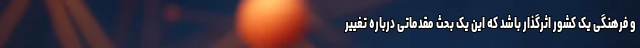
و فرهنگی یک کشور اثرگذار باشد که این یک بحث مقدماتی درباره تغییر